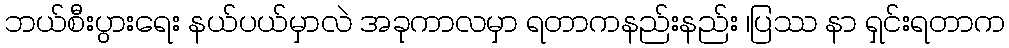
ဘယ်စီးပွားရေး နယ်ပယ်မှာလဲ အခုကာလမှာ ရတာကနည်းနည်း ၊ပြဿ နာ ရှင်းရတာက